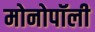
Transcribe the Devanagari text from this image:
मोनोपॉली